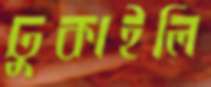
ঢুকাইলি